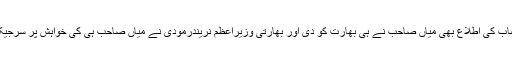
کہا کہ میاں نوازشریف بھارتی خفیہ ایجنسی ’’را‘‘ کے ایجنٹ ہیں، ممئی حملوں کے بعد اجمل قصاب کی اطلاع بھی میاں صاحب نے ہی بھارت کو دی اور بھارتی وزیرِاعظم نریندرمودی نے میاں صاحب ہی کی خواہش پر سرجیکل سٹرائیک کی تاکہ 30 ستمبر کو اڈہ پلاٹ پر کیے جانے والے احتجاج کو سبوتاژ کیا جا سکے۔